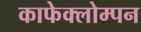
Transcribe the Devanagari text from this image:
काफेक्लोम्पन